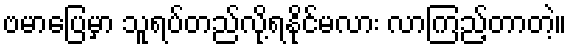
ဗမာပြေမှာ သူရပ်တည်လို့ရနိုင်မလား လာကြည့်တာတဲ့။